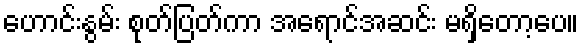
ဟောင်းနွမ်း စုတ်ပြတ်ကာ အရောင်အဆင်း မရှိတော့ပေ။